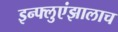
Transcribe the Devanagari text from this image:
इन्फ्लुएंझालाच